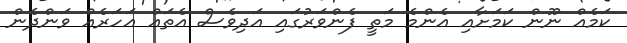
ކަމެއް ނޫން ކަމަށާއި އެންމެ މަތީ ފެންވަރުގައި އަދިވެސް އެތައް އަހަރެއް ވަންދެން